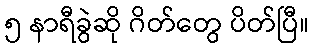
၅ နာရီခွဲဆို ဂိတ်တွေ ပိတ်ပြီ။